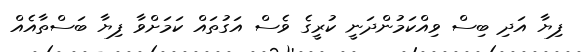
ފިޔާ އަދި ބިސް ވިއްކަމުންދަނީ ކުރީގެ ވެސް އަގުތައް ކަމަށްވާ ފިޔާ ބަސްތާއެއް